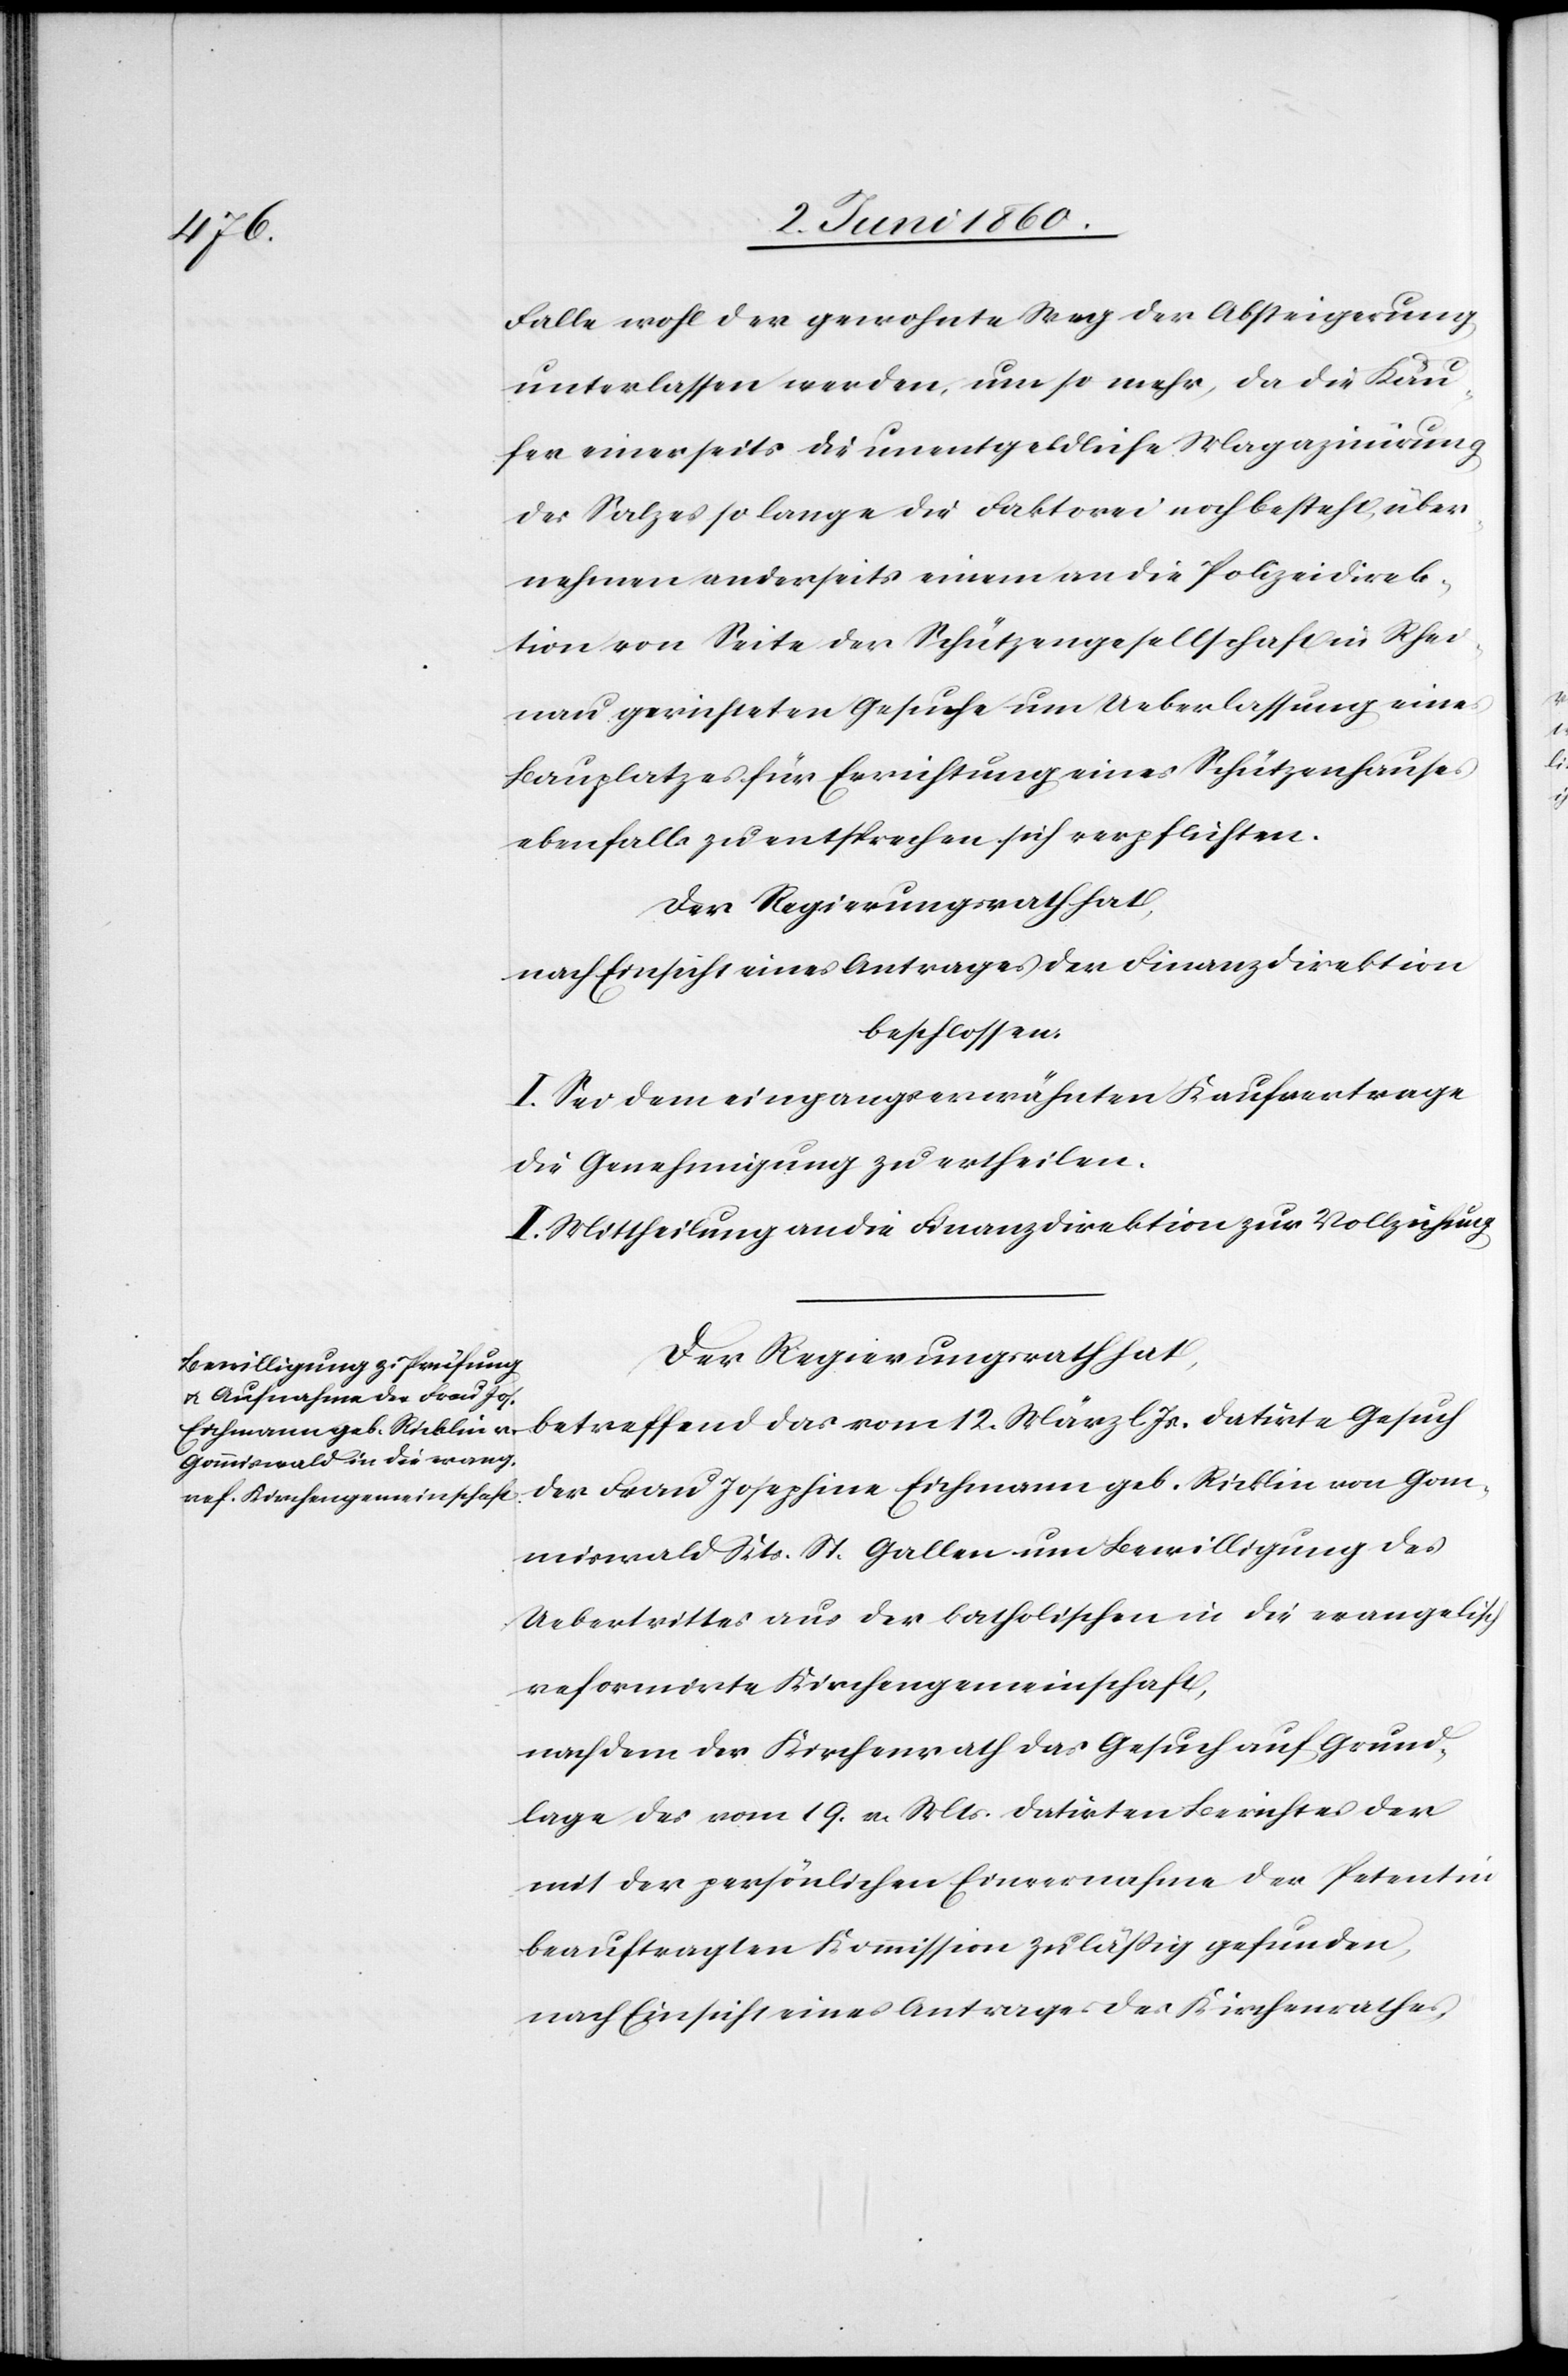
Falle wohl der gewohnten Weg der Absteigerung
unterlassen werden, um so mehr, da die Käu¬
fer einerseits die unentgeldliche Magazinirung
des Salzes so lange die Faktorei noch besteht, über¬
nehmen anderseits einem an die Polizeidirek¬
tion von Seite der Schützengesellschaft in Rhei¬
nau gerichteten Gesuche um Ueberlassung eines
Bauplatzes für Errichtung eines Schützenhauses
ebenfalls zu entsprechen sich verpflichten.
Der Regierungsrath hat,
nach Einsicht eines Antrages der Finanzdirektion
beschlossen:
I. Sei dem eingangs erwähnten Kaufsvertrage
die Genehmigung zu ertheilen
II. Mittheilung an die Finanzdirektion zur Vollziehung.
Der Regierungsrath hat,
betreffend das vom 12. März l. Js. datirte Gesuch
der Frau Josephine Eichmann geb. Ricklin von Gom¬
miswald Kts. St. Gallen um Bewilligung des
Uebertrittes aus der katholischen in die evangelisch
reformirte Kirchengemeinschaft,
nachdem der Kirchenrath das Gesuch auf Grund¬
lage des vom 19. v. Mts. datirten Berichtes der
mit der persönlichen Einvernahme der Petentin
beauftragten Kommission zulässig gefunden,
nach Einsicht eines Antrages des Kirchenrathes